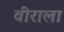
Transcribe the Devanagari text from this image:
वीराला